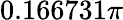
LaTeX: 0.166731\pi